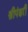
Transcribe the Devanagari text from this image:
श्रीपंढरी